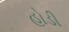
હોડી